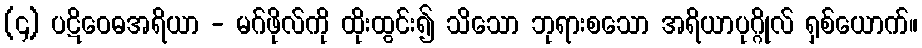
(၄) ပဋိဝေဓအရိယာ - မဂ်ဖိုလ်ကို ထိုးထွင်း၍ သိသော ဘုရားစသော အရိယာပုဂ္ဂိုလ် ရှစ်ယောက်။